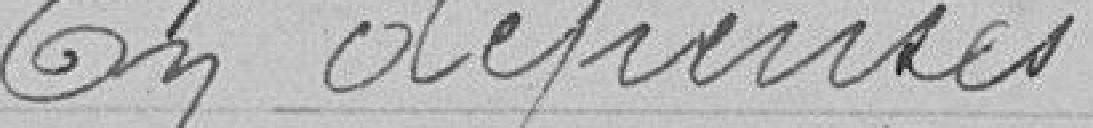
En dépenses